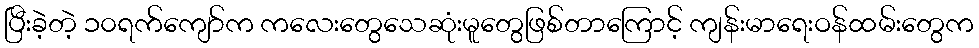
ပြီးခဲ့တဲ့ ၁၀ရက်ကျော်က ကလေးတွေသေဆုံးမူတွေဖြစ်တာကြောင့် ကျန်းမာရေးဝန်ထမ်းတွေက